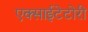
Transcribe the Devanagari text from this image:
एक्साईटेटोरी